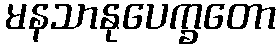
မနသာနုပေက္ခတော